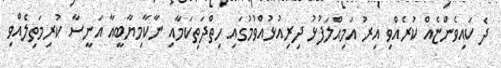
ދެ ކައިވެންޏެއް ކުރެއްވި އިރު އަމިއްލަފުޅު ދިރިއުޅުއްވުމުގައި ހިތްދަތިކަމާއި ނާކާމިޔާބީއާ އަނީސާ ކުރިމަތިލެއްވި